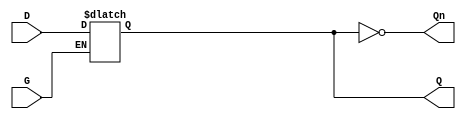
module GatedDLatch (
    input wire D,    // Data input
    input wire G,    // Gate (enable) input
    output reg Q,    // Output
    output wire Qn   // Complementary output
);

    // Complementary output
    assign Qn = ~Q;

    // Always block for the latch functionality
    always @(*) begin
        if (G) begin
            Q = D;  // When G is high, output follows D
        end
        // When G is low, Q retains its value (latch behavior)
    end

endmodule